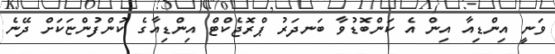
ވަނީ އިންޑިއާ އިން އެ ކަންބޮޑުވާ ބަނދަރު ޕްރޮޖެކްޓް އިންޑިއާގެ ކުންފުންޏަކަށް ދޭނެ